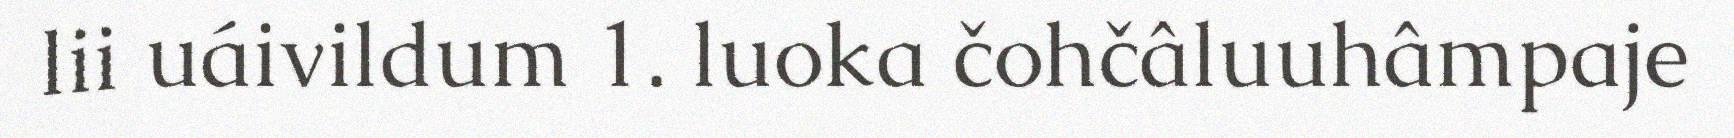
lii uáivildum 1. luoka čohčâluuhâmpaje